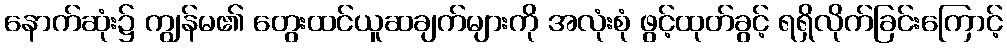
နောက်ဆုံး၌ ကျွန်မ၏ တွေးထင်ယူဆချက်များကို အလုံးစုံ ဖွင့်ထုတ်ခွင့် ရရှိလိုက်ခြင်းကြောင့်